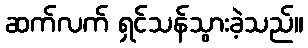
ဆက်လက် ရှင်သန်သွားခဲ့သည်။